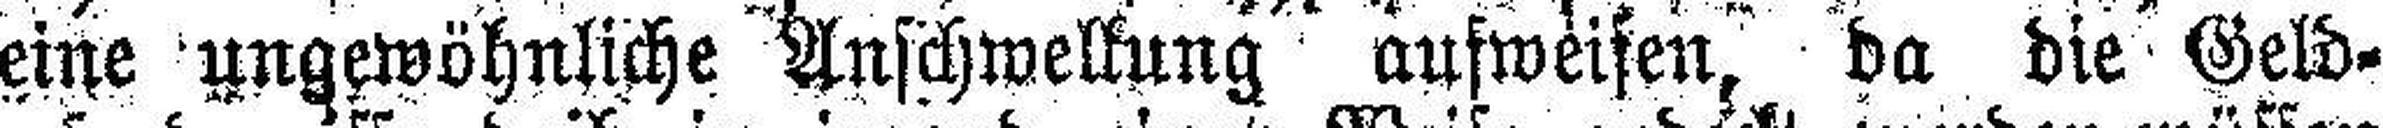
eine ungewöhnliche Anschwellung aufweisen, da die Geld¬